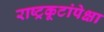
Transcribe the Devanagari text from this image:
राष्ट्रकूटांपेक्षा